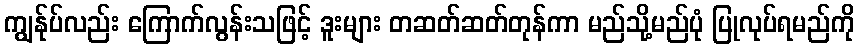
ကျွန်ုပ်လည်း ကြောက်လွန်းသဖြင့် ဒူးများ တဆတ်ဆတ်တုန်ကာ မည်သို့မည်ပုံ ပြုလုပ်ရမည်ကို